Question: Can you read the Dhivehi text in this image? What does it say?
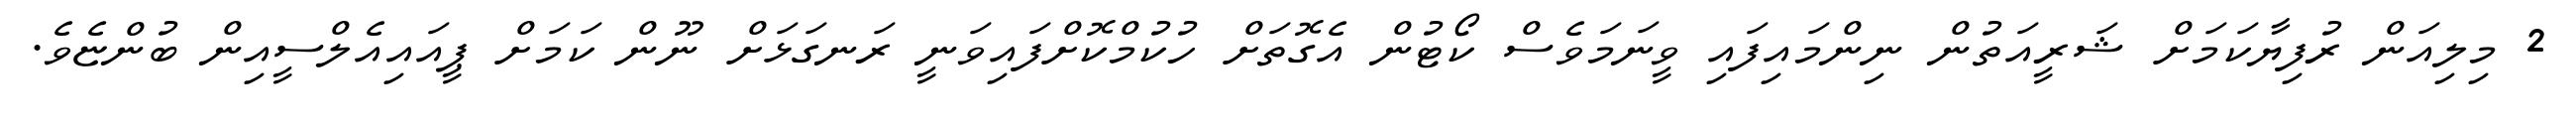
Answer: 2 މިލިއަން ރުފިޔާކަމަށް ޝަރީއަތުން ނިންމައިފައި ވީނަމަވެސް ކޯޓުން އެގޮތަށް ހުކުމްކޮށްފައިވަނީ ރަނގަޅަށް ނޫން ކަމަށް ޕީއައިއެލްސީއިން ބުންޏެވެ.